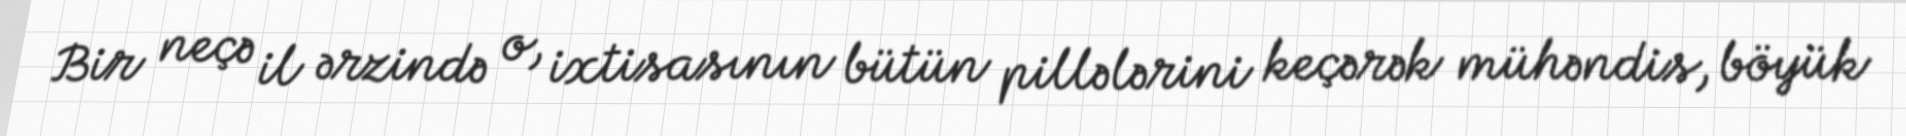
Bir neçə il ərzində o, ixtisasının bütün pillələrini keçərək mühəndis, böyük